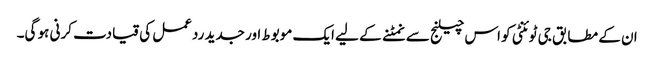
ان کے مطابق جی ٹوئنٹی کو اس چیلنج سے نمٹنے کے لیے ایک موبوط اور جدید ردعمل کی قیادت کرنی ہو گی۔